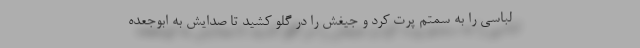
لباسی را به سمتم پرت کرد و جیغش را در گلو کشید تا صدایش به ابوجعده